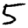
Digit: 5